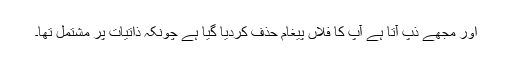
اور مجھے ذپ آتا ہے آپ کا فلاں پیغام حذف کردیا گیا ہے چونکہ ذاتیات پر مشتمل تھا۔